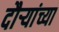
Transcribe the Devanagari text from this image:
दौर्‍यांच्या